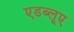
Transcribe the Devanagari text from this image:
एडब्लूए